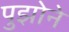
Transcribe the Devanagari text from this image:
पुझोने